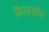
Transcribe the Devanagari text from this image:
फ़ैलसोन